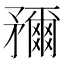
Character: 𥎖